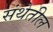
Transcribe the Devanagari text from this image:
संथेतील